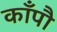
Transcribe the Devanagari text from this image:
काँपौ